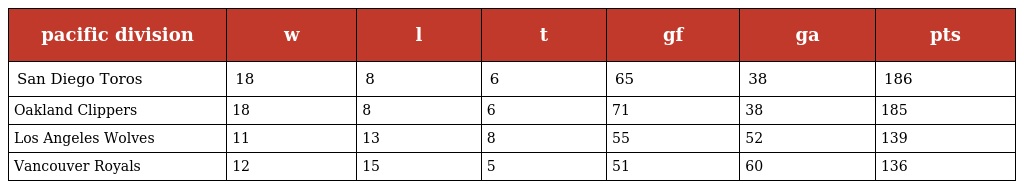
| pacific division | w | l | t | gf | ga | pts |
 | --- | --- | --- | --- | --- | --- | --- |
 | San Diego Toros | 18 | 8 | 6 | 65 | 38 | 186 |
 | Oakland Clippers | 18 | 8 | 6 | 71 | 38 | 185 |
 | Los Angeles Wolves | 11 | 13 | 8 | 55 | 52 | 139 |
 | Vancouver Royals | 12 | 15 | 5 | 51 | 60 | 136 |